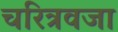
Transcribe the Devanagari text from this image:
चरित्रवजा